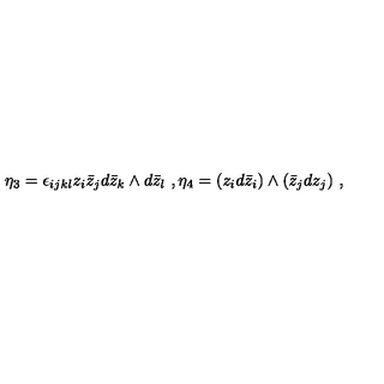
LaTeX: \eta _ { 3 } = \epsilon _ { i j k l } z _ { i } \bar { z } _ { j } d \bar { z } _ { k } \wedge d \bar { z } _ { l } \ , \eta _ { 4 } = ( z _ { i } d \bar { z } _ { i } ) \wedge ( \bar { z } _ { j } d z _ { j } ) \ ,